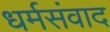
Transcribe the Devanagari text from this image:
धर्मसंवाद